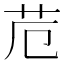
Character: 苊